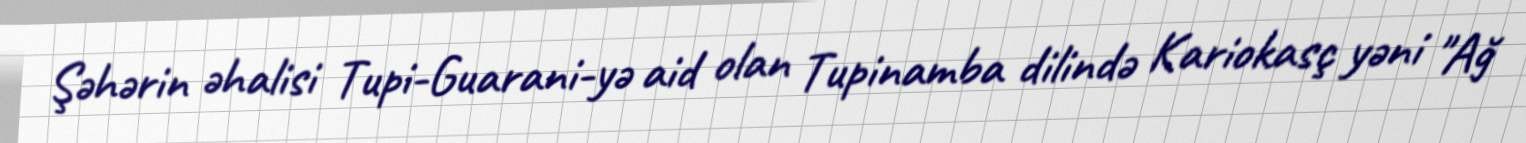
Şəhərin əhalisi Tupi-Guarani-yə aid olan Tupinamba dilində Kariokasç yəni "Ağ